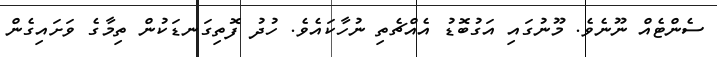
ސެންޓެއް ނޫނެވެ. މޫނުގައި އަގުބޮޑު އެއްޗެތި ނުހާކައެވެ. ހުދު ފޮތިގަނޑަކުން ތިމާގެ ވަށައިގެން